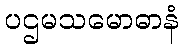
ပဌမသမောဓာနံ